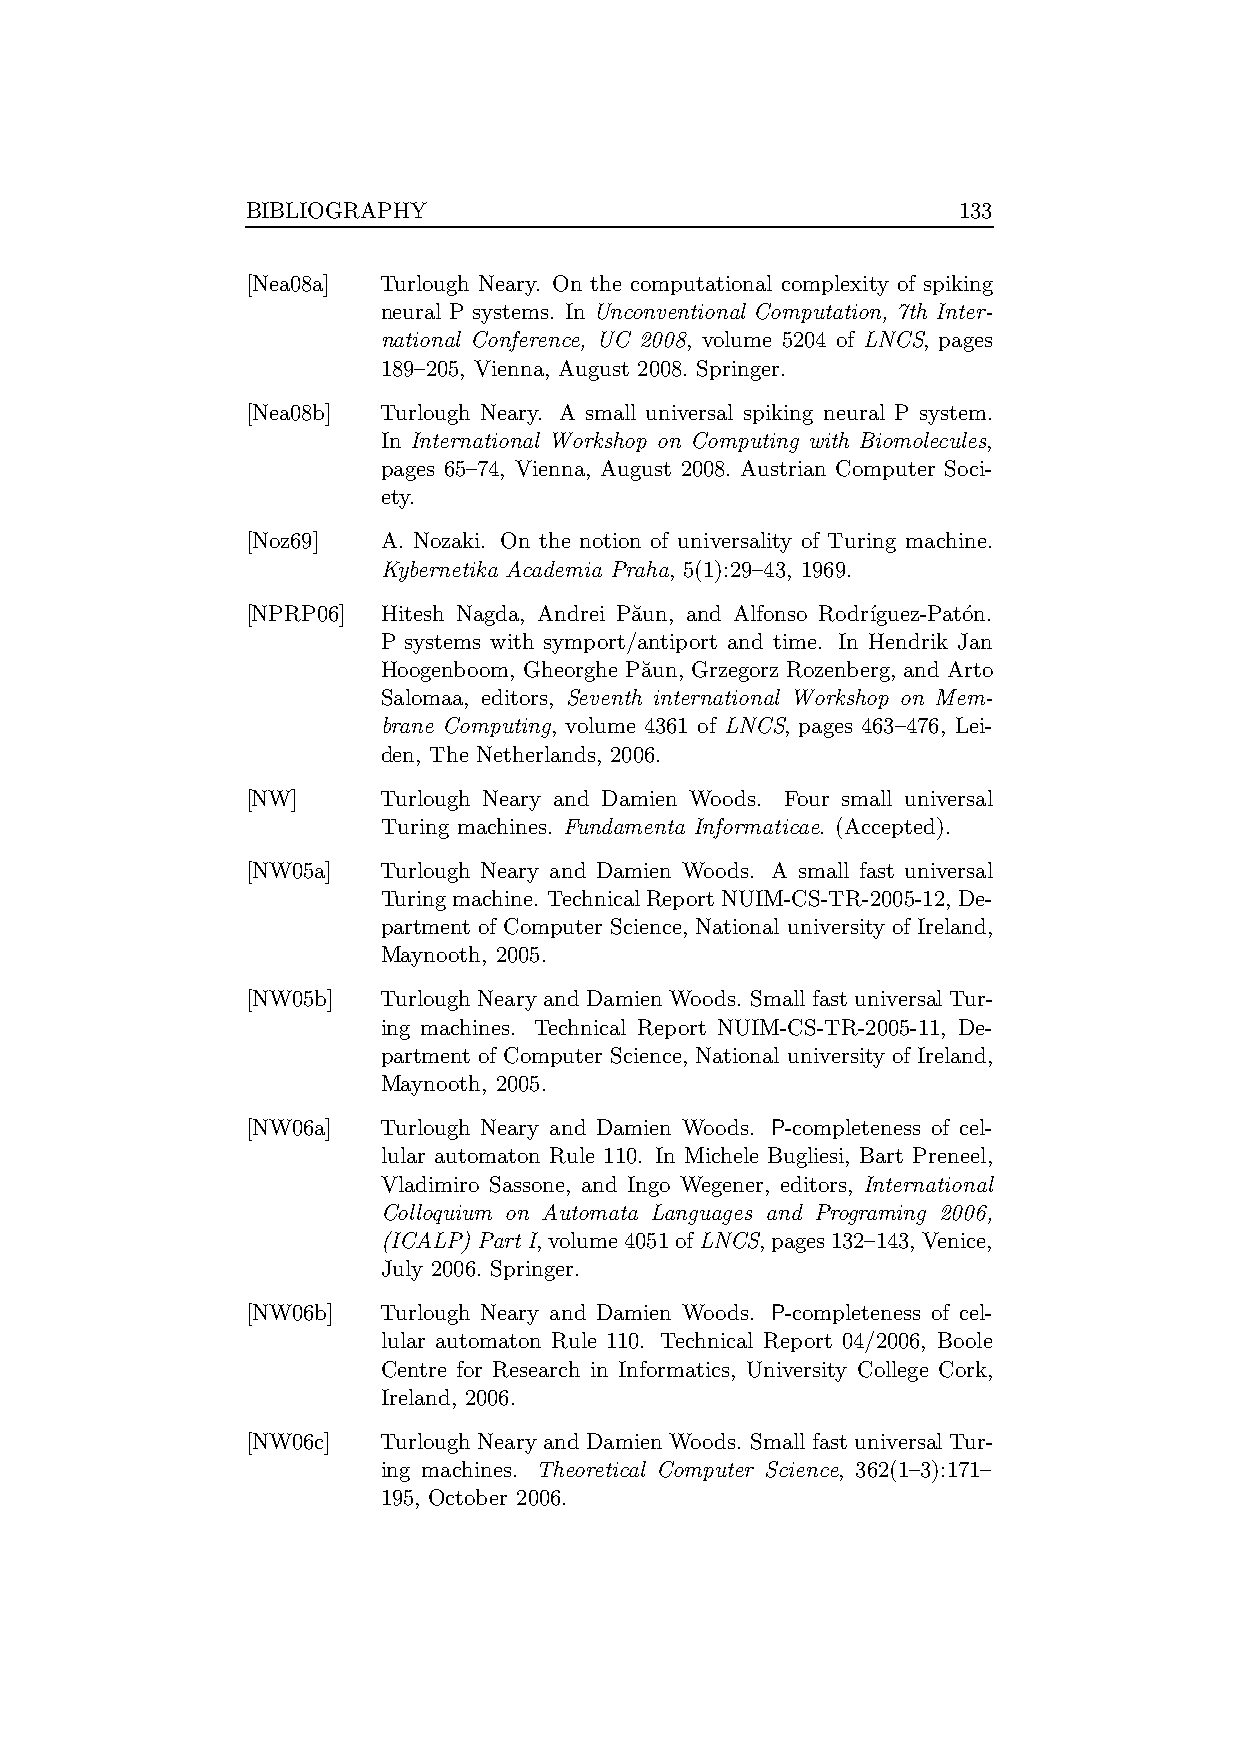
BIBLIOGRAPHY                                   133
 [Nea08a] Turlough Neary. On the computational complexity of spiking
 neural P systems. In Unconventional Computation, 7th Inter-
 national Conference, UC 2008, volume 5204 of LNCS, pages
 189–205, Vienna, August 2008. Springer.
 [Nea08b] Turlough Neary. A small universal spiking neural P system.
 In International Workshop on Computing with Biomolecules,
 pages 65–74, Vienna, August 2008. Austrian Computer Soci-
 ety.
 [Noz69]  A. Nozaki. On the notion of universality of Turing machine.
 Kybernetika Academia Praha, 5(1):29–43, 1969.
 [NPRP06] Hitesh Nagda, Andrei Pa˘un, and Alfonso Rodr´ıguez-Pat´on.
 P systems with symport/antiport and time. In Hendrik Jan
 Hoogenboom, Gheorghe Pa˘un, Grzegorz Rozenberg, and Arto
 Salomaa, editors, Seventh international Workshop on Mem-
 brane Computing, volume 4361 of LNCS, pages 463–476, Lei-
 den, The Netherlands, 2006.
 [NW]     Turlough Neary and Damien Woods. Four small universal
 Turing machines. Fundamenta Informaticae. (Accepted).
 [NW05a]  Turlough Neary and Damien Woods. A small fast universal
 Turingmachine. TechnicalReportNUIM-CS-TR-2005-12, De-
 partment of Computer Science, National university of Ireland,
 Maynooth, 2005.
 [NW05b]  Turlough Neary and Damien Woods. Smallfast universalTur-
 ing machines. Technical Report NUIM-CS-TR-2005-11, De-
 partment of Computer Science, National university of Ireland,
 Maynooth, 2005.
 [NW06a]  Turlough Neary and Damien Woods. P-completeness of cel-
 lular automaton Rule 110. In Michele Bugliesi, Bart Preneel,
 Vladimiro Sassone, and Ingo Wegener, editors, International
 Colloquium on Automata Languages and Programing 2006,
 (ICALP)PartI,volume4051ofLNCS,pages132–143, Venice,
 July 2006. Springer.
 [NW06b]  Turlough Neary and Damien Woods. P-completeness of cel-
 lular automaton Rule 110. Technical Report 04/2006, Boole
 Centre for Research in Informatics, University College Cork,
 Ireland, 2006.
 [NW06c]  Turlough Neary and Damien Woods. Smallfast universalTur-
 ing machines. Theoretical Computer Science, 362(1–3):171–
 195, October 2006.